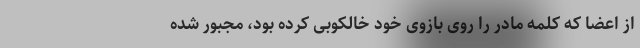
از اعضا که کلمه مادر را روی بازوی خود خالکوبی کرده بود، مجبور شده